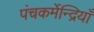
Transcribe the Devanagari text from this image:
पंचकर्मेन्द्रियाँ